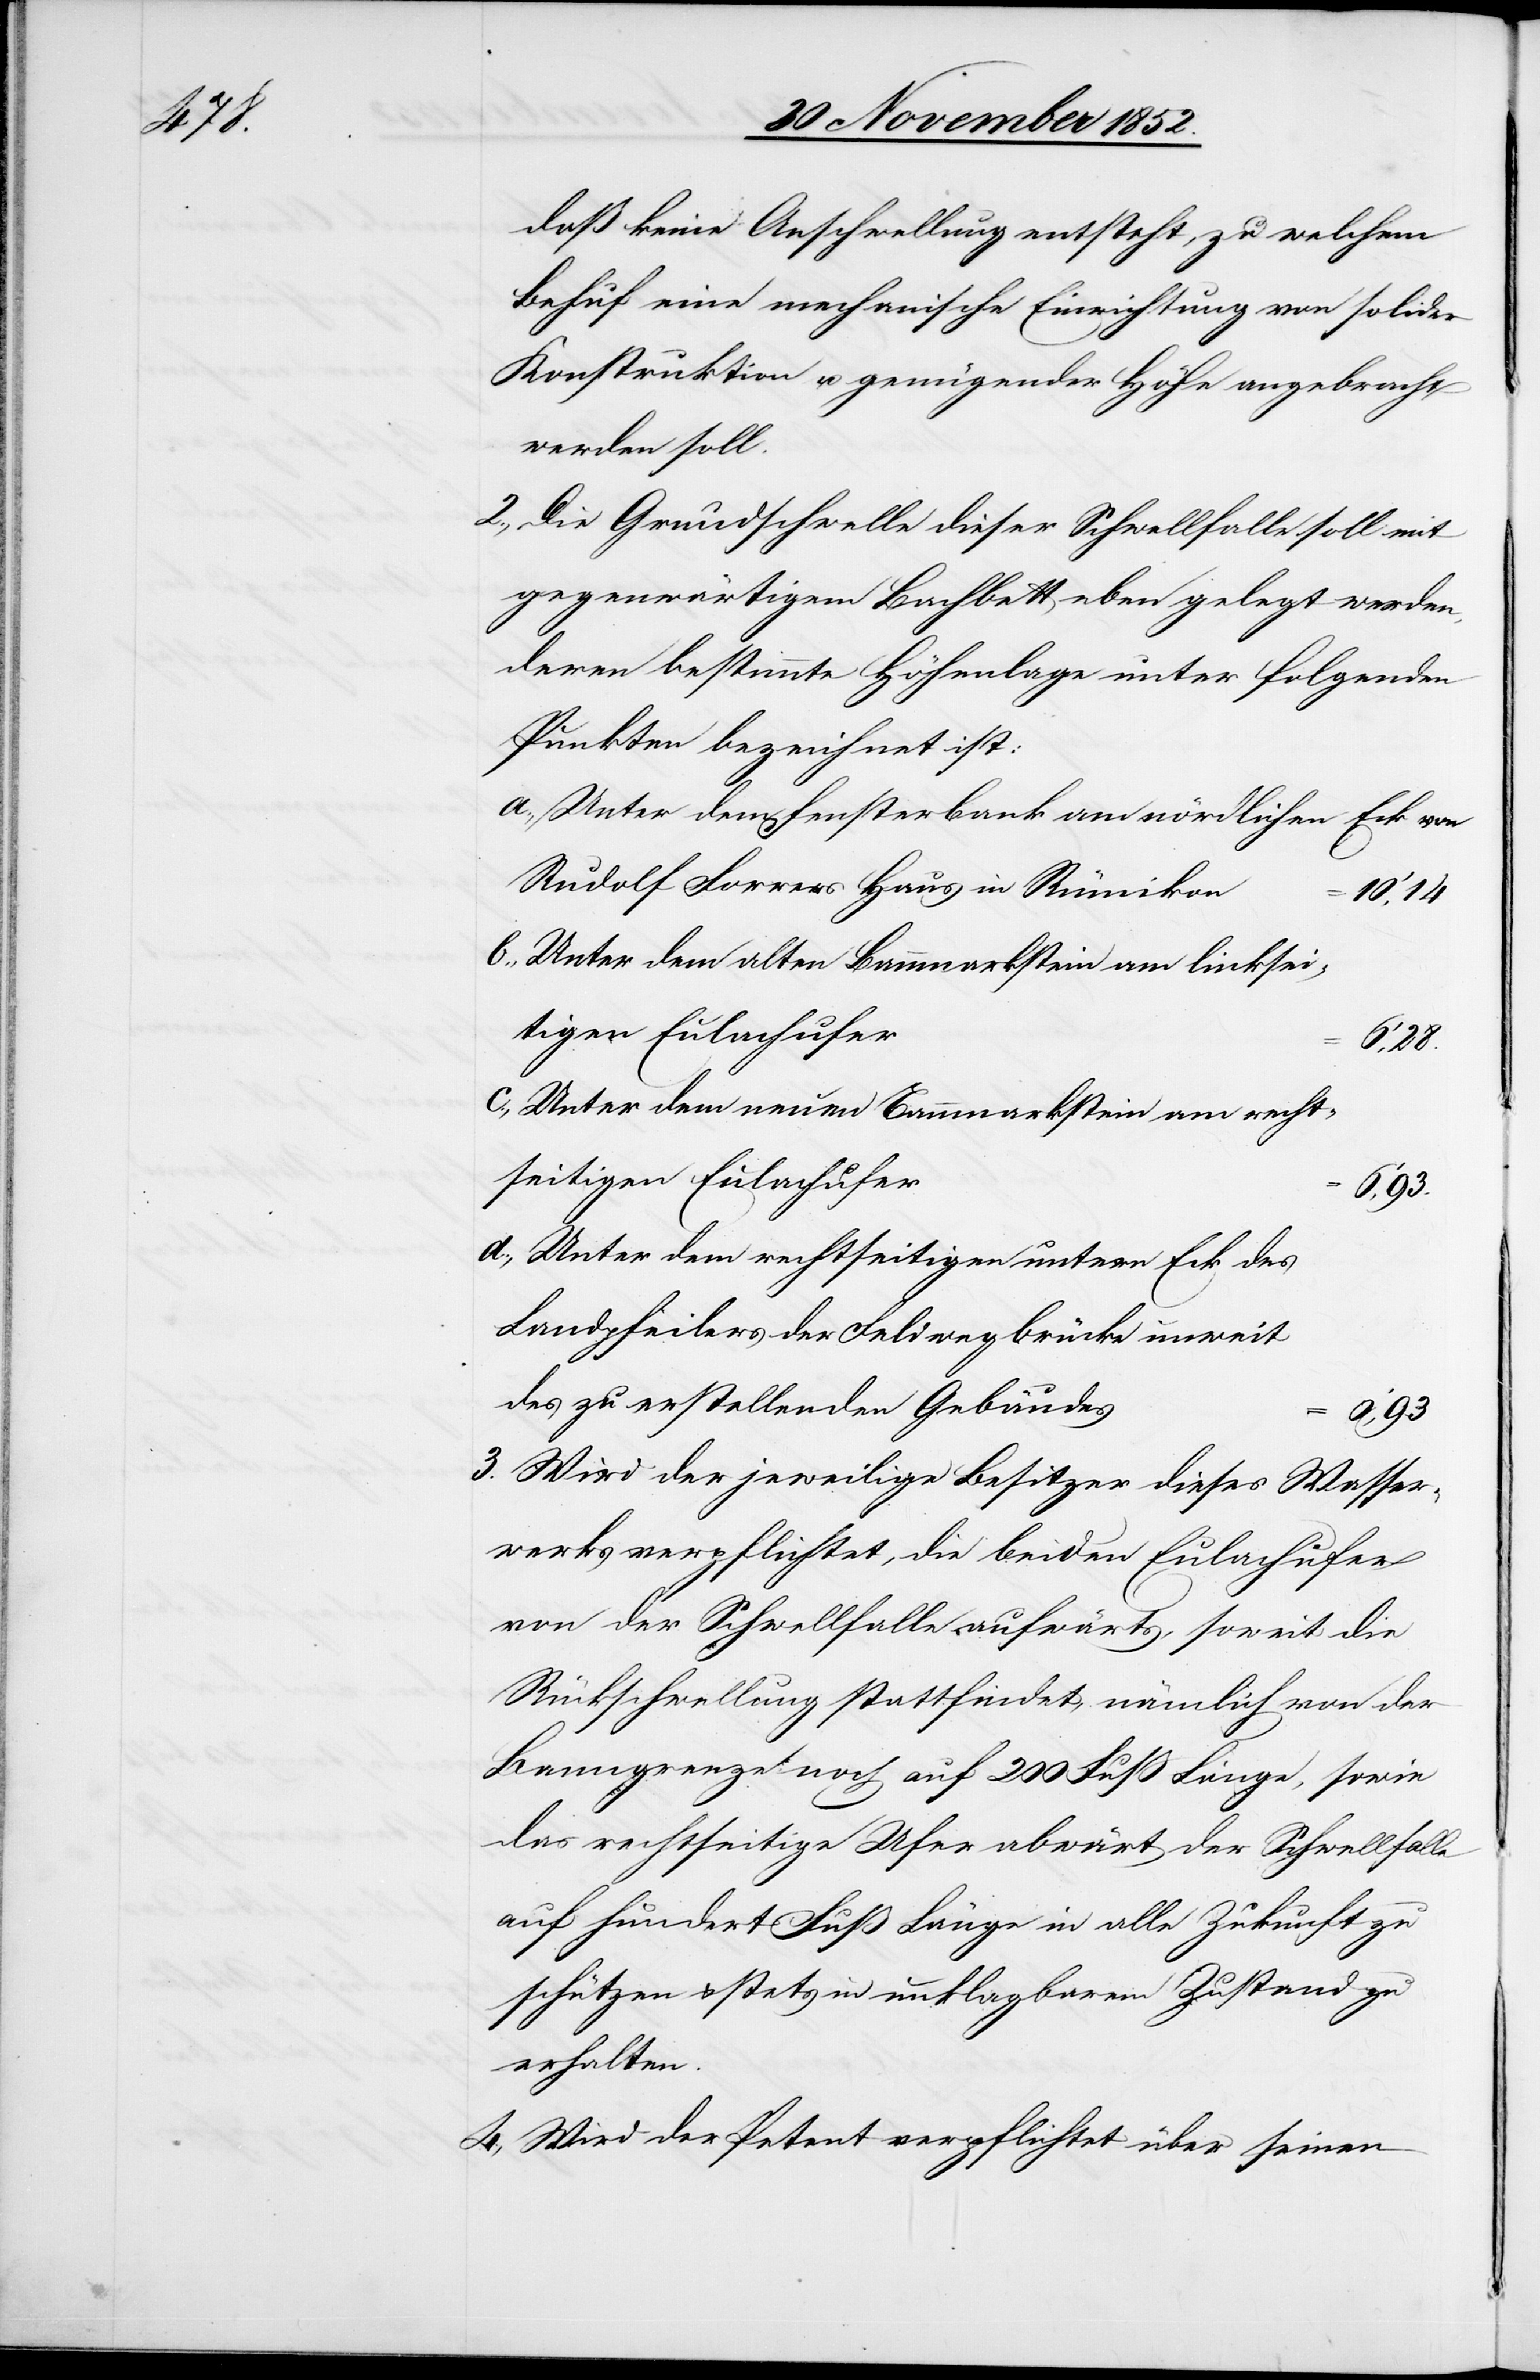
4.,

daß keine Anschwellung entsteht, zu welchem
Behuf eine mechanische Einrichtung von solider
Konstruktion u. genügender Höhe angebracht
werden soll.
Die Grundschwelle dieser Schwellfalle soll mit
gegenwärtigem Bachbett eben gelegt werden,
deren bestimmte Höhenlage unter folgenden
Punkten bezeichnet ist:
Unter dem Fensterbank am nördlichen Eck von
Rudolf Forrers Haus in Rümikon
10‘, 14
Unter dem alten Bannmarkstein am linksei¬
tigen Eulachufer
28.
Unter dem neuen Bannmarkstein am recht¬
seitigen Eulachufer
6‘, 93.
Unter dem rechtseitigen untern Eck des
Landpfeilers der Feldwegbrücke unweit
des zu erstellenden Gebäudes
93
Wird der jeweilige Besitzer dieses Wasser¬
werks verpflichtet, die beiden Eulachufer
von der Schwellfalle aufwärts, soweit die
Rückschwellung stattfindet, nämlich von der
Banngrenze noch auf 200 Fuß Länge, sowie
das rechtseitige Ufer abwärt[s] der Schwellfalle
auf hundert Fuß Länge in alle Zukunft zu
schützen & stets in unklagbarem Zustand zu
erhalten.
Wird der Petent verpflichtet über seinen